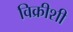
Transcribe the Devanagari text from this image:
विक्रीशी